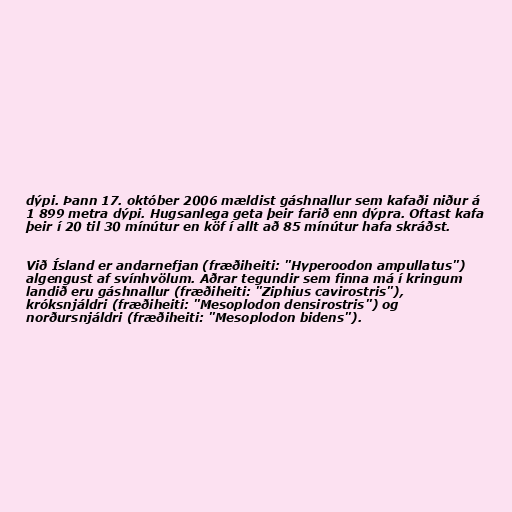
dýpi. Þann 17. október 2006 mældist gáshnallur sem kafaði niður á
1 899 metra dýpi. Hugsanlega geta þeir farið enn dýpra. Oftast kafa
þeir í 20 til 30 mínútur en köf í allt að 85 mínútur hafa skráðst.

Við Ísland er andarnefjan (fræðiheiti: "Hyperoodon ampullatus")
algengust af svínhvölum. Aðrar tegundir sem finna má í kringum
landið eru gáshnallur (fræðiheiti: "Ziphius cavirostris"),
króksnjáldri (fræðiheiti: "Mesoplodon densirostris") og
norðursnjáldri (fræðiheiti: "Mesoplodon bidens").